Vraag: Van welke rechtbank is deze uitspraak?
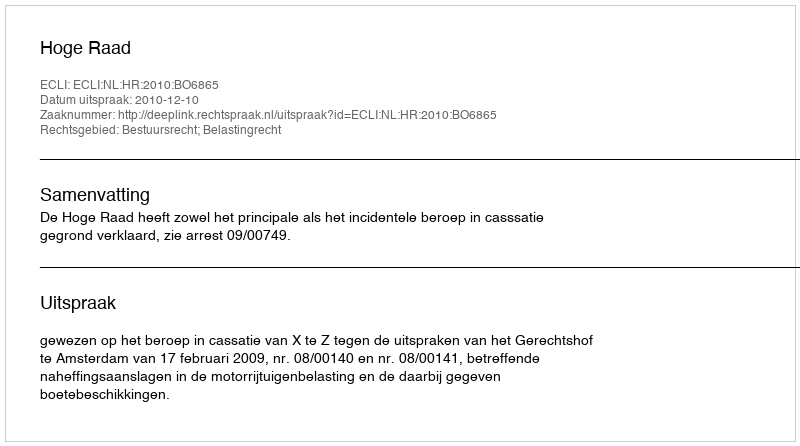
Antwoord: Hoge Raad